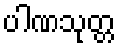
ပါဏသုတ္တ